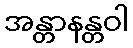
အန္တာနန္တဝါ